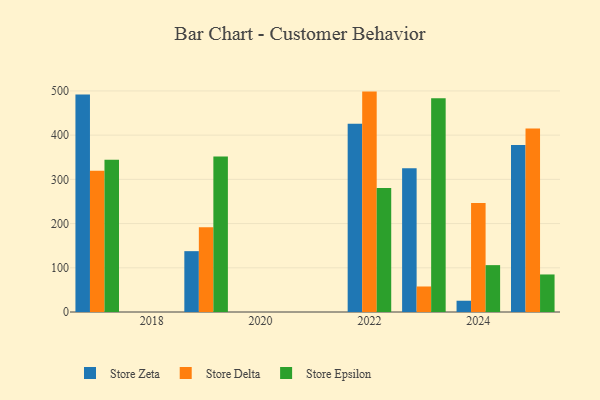
{"axis": {"x": "Year", "y": "Active Users"}, "legend": ["Store Delta", "Store Epsilon", "Store Zeta"], "data": [{"x": "2024", "y": 25.5, "type": "Store Zeta"}, {"x": "2024", "y": 246.5, "type": "Store Delta"}, {"x": "2024", "y": 106.0, "type": "Store Epsilon"}, {"x": "2022", "y": 425.8, "type": "Store Zeta"}, {"x": "2022", "y": 498.5, "type": "Store Delta"}, {"x": "2022", "y": 280.2, "type": "Store Epsilon"}, {"x": "2019", "y": 137.6, "type": "Store Zeta"}, {"x": "2019", "y": 191.5, "type": "Store Delta"}, {"x": "2019", "y": 351.5, "type": "Store Epsilon"}, {"x": "2017", "y": 492.1, "type": "Store Zeta"}, {"x": "2017", "y": 319.6, "type": "Store Delta"}, {"x": "2017", "y": 344.2, "type": "Store Epsilon"}, {"x": "2023", "y": 325.1, "type": "Store Zeta"}, {"x": "2023", "y": 57.7, "type": "Store Delta"}, {"x": "2023", "y": 483.3, "type": "Store Epsilon"}, {"x": "2025", "y": 377.9, "type": "Store Zeta"}, {"x": "2025", "y": 414.9, "type": "Store Delta"}, {"x": "2025", "y": 84.9, "type": "Store Epsilon"}]}